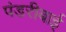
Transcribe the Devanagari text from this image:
पंडरीबाई